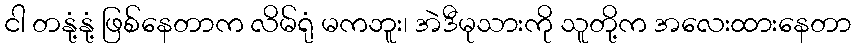
ငါ တနုံ့နုံ့ ဖြစ်နေတာက လိမ်ရုံ မကဘူး၊ အဲဒီမုသားကို သူတို့က အလေးထားနေတာ